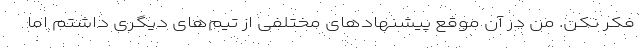
فکر نکن. من در آن موقع پیشنهادهای مختلفی از تیم‌های دیگری داشتم اما